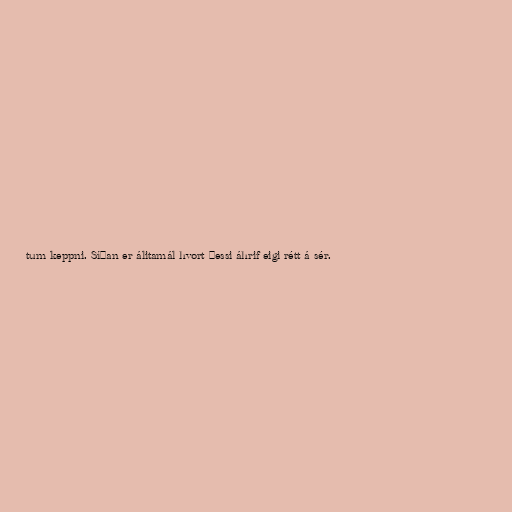
tum keppni. Síðan er álitamál hvort þessi áhrif eigi rétt á sér.